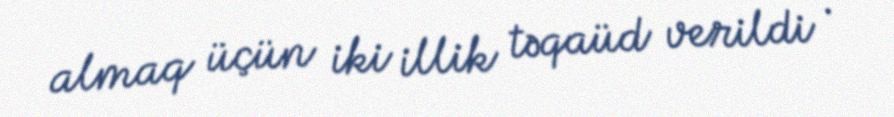
almaq üçün iki illik təqaüd verildi .